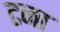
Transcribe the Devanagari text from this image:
टना